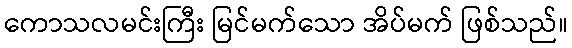
ကောသလမင်းကြီး မြင်မက်သော အိပ်မက် ဖြစ်သည်။